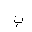
Letter: _ba